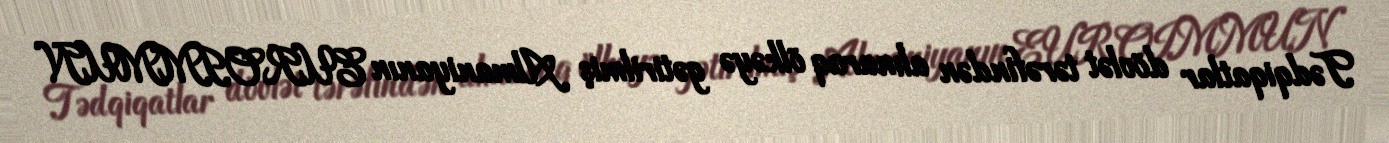
Tədqiqatlar dövlət tərəfindən alınaraq ölkəyə gətirilmiş Almaniyanın EUROIMMUN